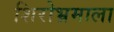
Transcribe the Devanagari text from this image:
शिरोभ्रमाला